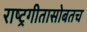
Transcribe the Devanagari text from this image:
राष्ट्रगीतासोबतच